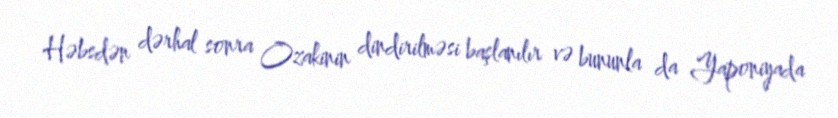
Həbsdən dərhal sonra Ozakinin dindirilməsi başlanılır və bununla da Yaponiyada